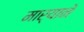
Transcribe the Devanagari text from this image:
मार्‍याने